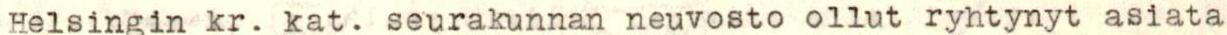
Helsingin kr. kat. seurakunnan neuvosto ollut ryhtynyt asiata